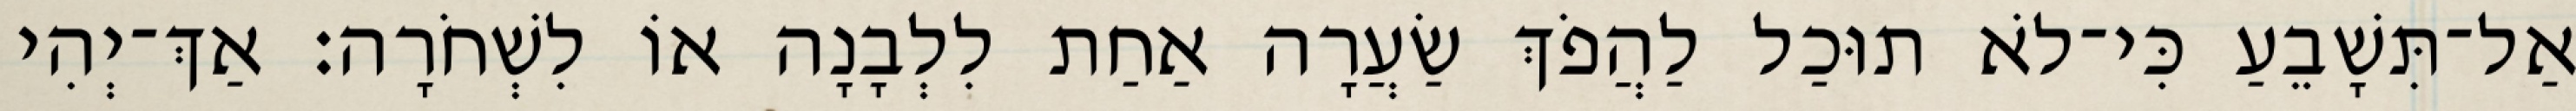
אַל־תִּשָׁבֵעַ כִּי־לֹא תוּכַל לַהֲפֹךְ שַׂעֲרָה אַחַת לִלְבָנָה אוֹ לִשְׁחֹרָה׃ אַךְ־יְהִי